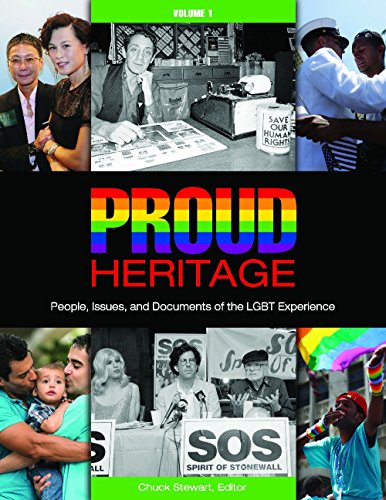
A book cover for Proud Heritage [3 volumes]: People, Issues, and Documents of the LGBT Experience; Gay & Lesbian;